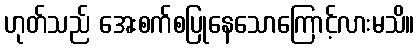
ဟုတ်သည် အေးစက်စပြုနေသောကြောင့်လားမသိ။